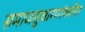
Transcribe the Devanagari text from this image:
समाजसुधारणांकरिता